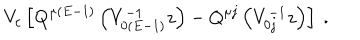
V _ { c } \left[ Q ^ { \mu ( E - 1 ) } \left( V _ { 0 ( E - 1 ) } ^ { - 1 } z \right) - Q ^ { \mu j } \left( V _ { 0 j } ^ { - 1 } z \right) \right] \ .